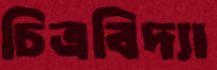
চিত্রবিদ্যা